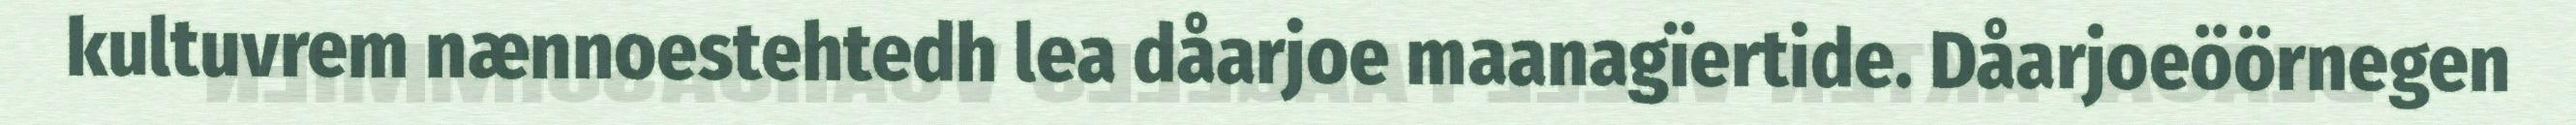
kultuvrem nænnoestehtedh lea dåarjoe maanagïertide. Dåarjoeöörnegen